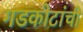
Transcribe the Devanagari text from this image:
गडकोटांची